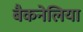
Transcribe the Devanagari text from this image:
बैकनेलिया